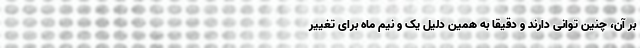
بر آن، چنین توانی دارند و دقیقا به همین دلیل یک و نیم ماه برای تغییر